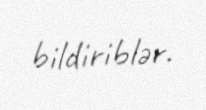
bildiriblər.